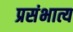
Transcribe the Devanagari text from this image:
प्रसंभात्य